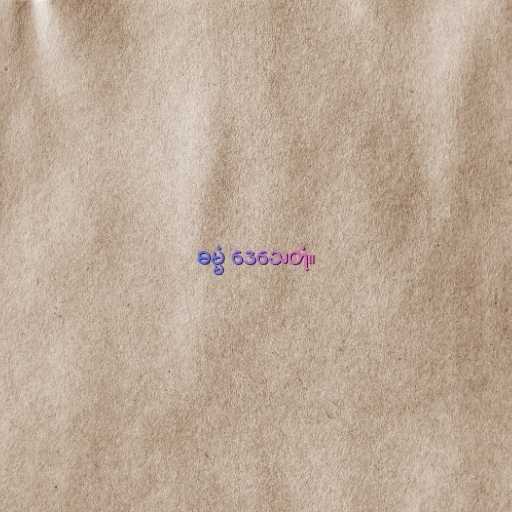
ဓမ္မံ ဒေသေတုံ။